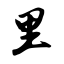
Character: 里